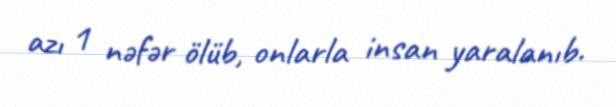
azı 1 nəfər ölüb, onlarla insan yaralanıb.